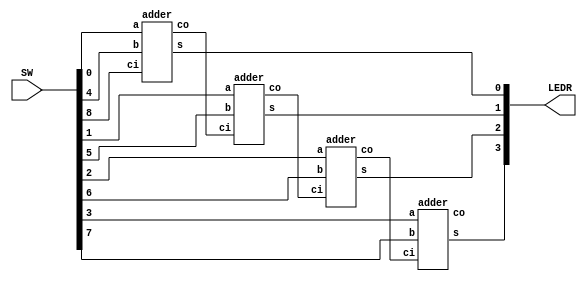
module fulladder(input [9:0]SW, output [9:0]LEDR);
	wire w0, w1, w2;
	adder u0 (SW[4], SW[0], SW[8], w0, LEDR[0]);
	adder u1 (SW[5], SW[1], w0, w1, LEDR[1]);
	adder u2 (SW[6], SW[2], w1, w2, LEDR[2]);
	adder u3 (SW[7], SW[3], w2, LEDR[9], LEDR[3]);
endmodule
	

module adder(input b, a, ci, output co, s);
	assign co = ((b | a | ~ci ) & (b | ~a | ci) & (~b | a | ci ) & (b | a | ci ));
	assign s = ((b | a | ci ) & (b | ~a | ~ci ) & (~b | a | ~ci ) & (~b | ~a | ci ));
endmodule